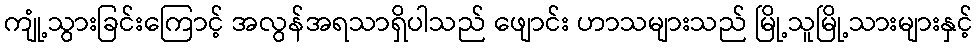
ကျုံ့သွားခြင်းကြောင့် အလွန်အရသာရှိပါသည် ဖျောင်း ဟာသများသည် မြို့သူမြို့သားများနှင့်